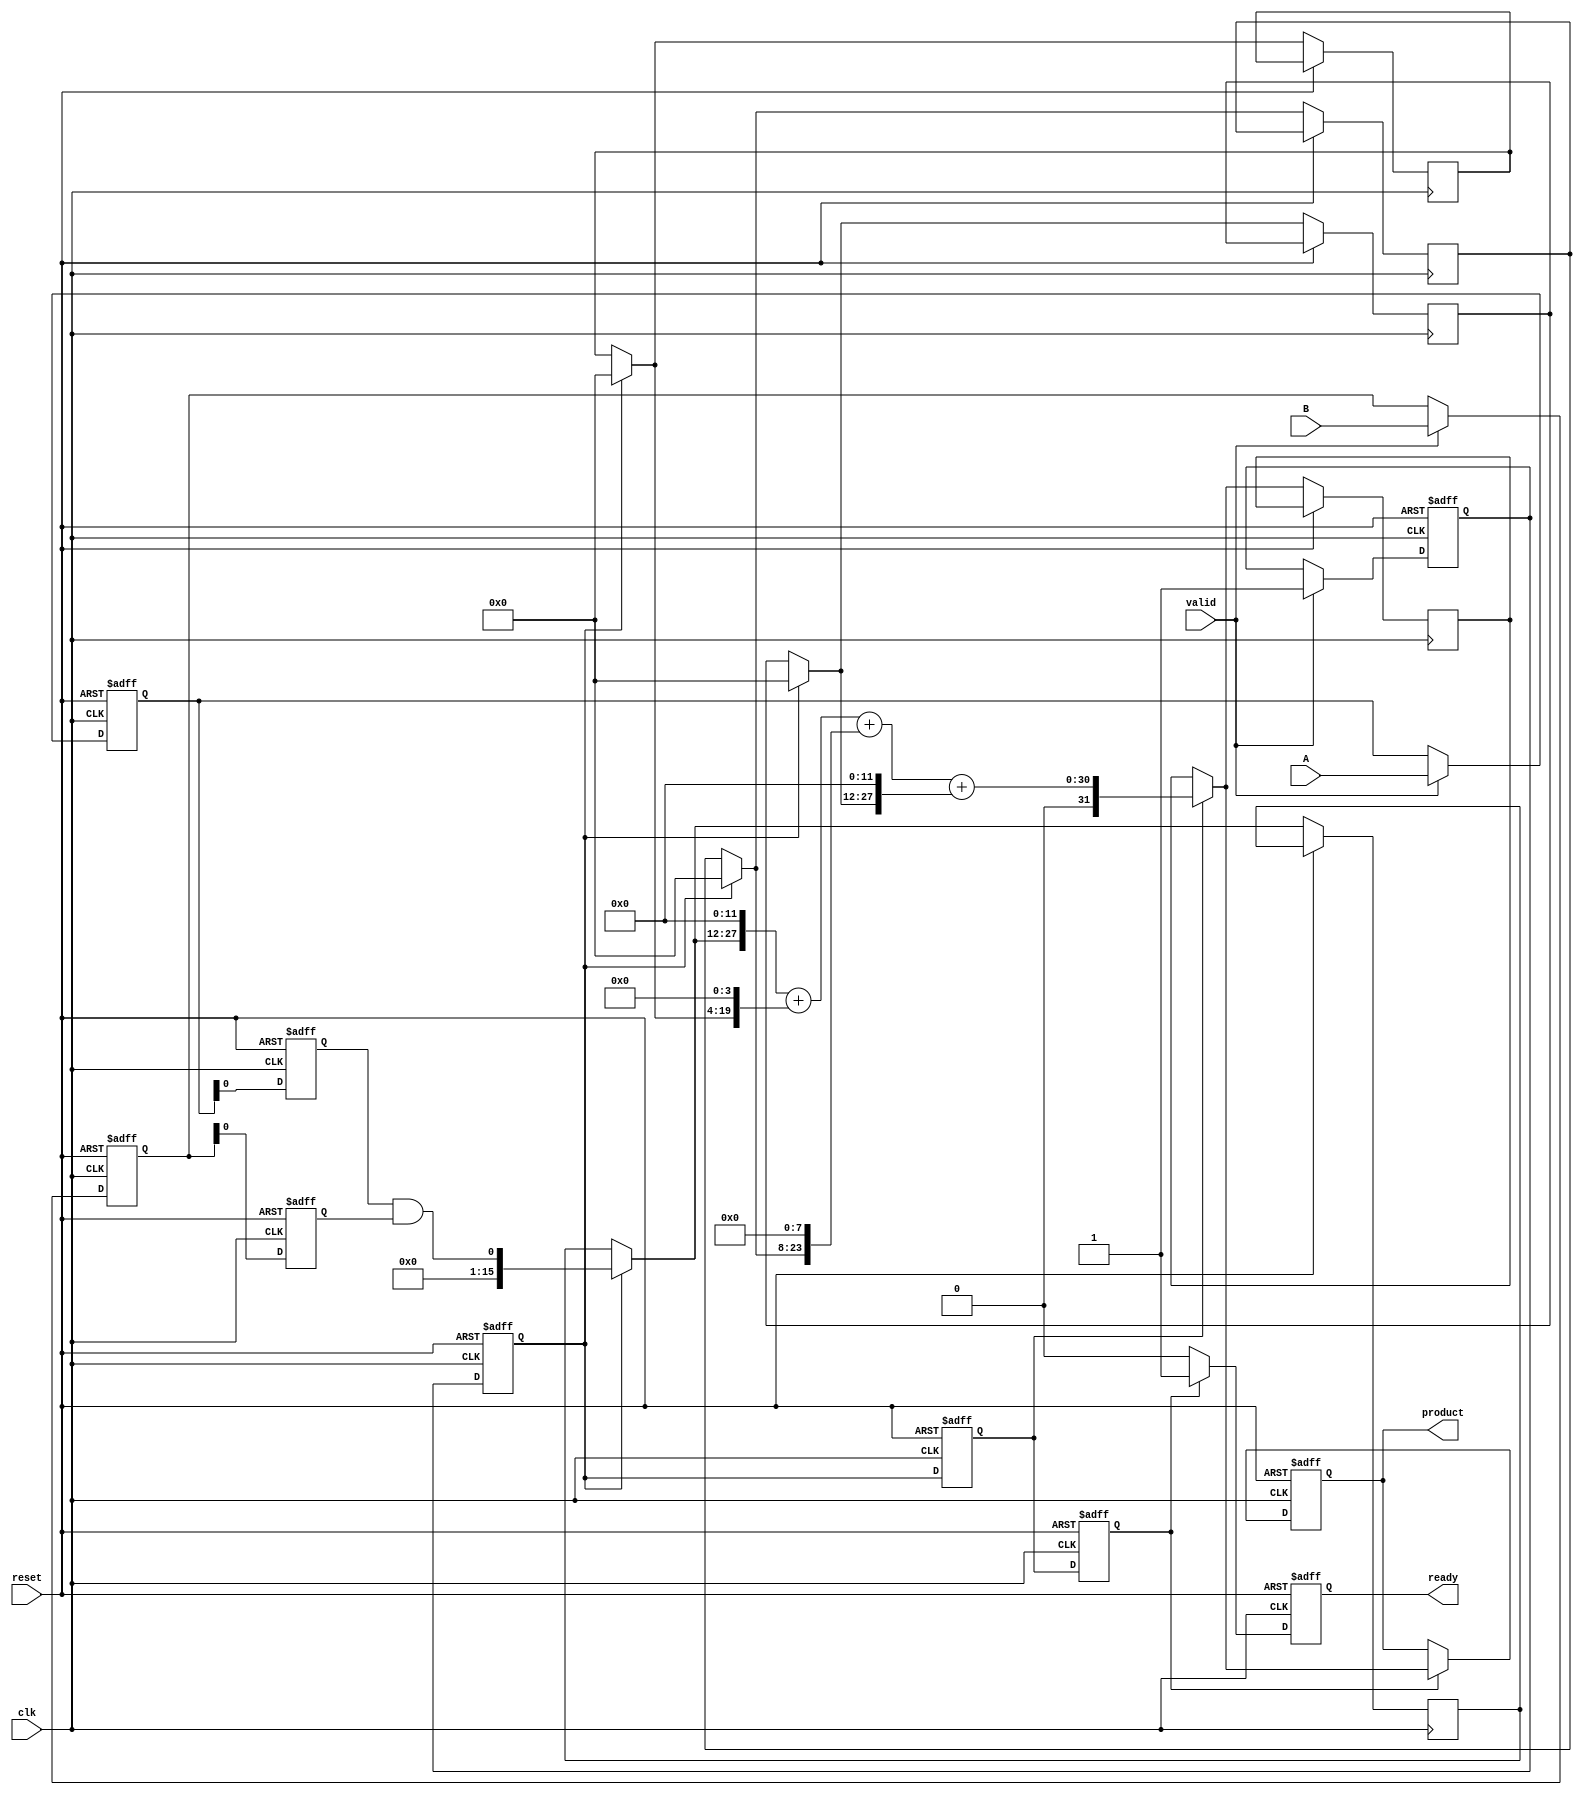
module pipelined_sliced_multiplier #(parameter WIDTH = 16, SLICES = 4) (
    input clk,             // Clock signal
    input reset,           // Reset signal
    input [WIDTH-1:0] A,   // Multiplicand
    input [WIDTH-1:0] B,   // Multiplier
    input valid,           // Input valid signal
    output reg [2*WIDTH-1:0] product, // Output product
    output reg ready       // Ready signal for output
);

    localparam SLICE_WIDTH = WIDTH / SLICES;
    localparam NUM_STAGES = SLICES + 1; // +1 for the output stage

    // Registers for input storage
    reg [WIDTH-1:0] A_reg[0:NUM_STAGES-1];
    reg [WIDTH-1:0] B_reg[0:NUM_STAGES-1];
    reg valid_reg[0:NUM_STAGES-1];

    // Partial products
    reg [WIDTH-1:0] partial_products[SLICES-1:0][WIDTH-1:0];

    // Adder tree to combine partial products
    reg [2*WIDTH-1:0] sum[0:NUM_STAGES-1];
    
    // Output register
    reg [2*WIDTH-1:0] product_reg;
    
    integer i, j;

    always @(posedge clk or posedge reset) begin
        if (reset) begin
            for (i = 0; i < NUM_STAGES; i = i + 1) begin
                A_reg[i] <= 0;
                B_reg[i] <= 0;
                valid_reg[i] <= 0;
            end
            product <= 0;
            ready <= 0;
        end else begin
            // Shift registers for pipelining
            if (valid) begin
                A_reg[0] <= A;
                B_reg[0] <= B;
                valid_reg[0] <= 1;
            end else begin
                A_reg[0] <= A_reg[0];
                B_reg[0] <= B_reg[0];
                valid_reg[0] <= valid_reg[0];
            end

            for (i = 1; i < NUM_STAGES; i = i + 1) begin
                A_reg[i] <= A_reg[i-1];
                B_reg[i] <= B_reg[i-1];
                valid_reg[i] <= valid_reg[i-1];
            end

            // Generate partial products in slices
            if (valid_reg[1]) begin
                for (i = 0; i < SLICES; i = i + 1) begin
                    partial_products[i] = 0;
                    for (j = 0; j < SLICE_WIDTH; j = j + 1) begin
                        partial_products[i][(i*SLICE_WIDTH) + j] = A_reg[1][(i*SLICE_WIDTH)+j] & B_reg[1][j]; 
                    end
                end
            end

            // Sum partial products
            if (valid_reg[2]) begin
                sum[0] = {partial_products[0], {(WIDTH-SLICE_WIDTH){1'b0}}}; // Align first partial product
                for (i = 1; i < SLICES; i = i + 1) begin
                    sum[0] = sum[0] + {partial_products[i], {(i*SLICE_WIDTH){1'b0}}}; // Align subsequent partial products
                end
            end

            // Update product and ready signal at the final stage
            if (valid_reg[3]) begin
                product <= sum[0];
                ready <= 1;
            end else begin
                ready <= 0;
            end
        end
    end
endmodule